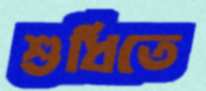
শুধিতে